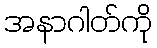
အနာဂါတ်ကို